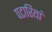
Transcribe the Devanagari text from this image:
पटारियां